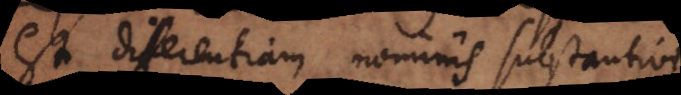
est differentiam nominis substantivi